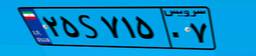
۲۵S۷۱۵۰۷